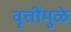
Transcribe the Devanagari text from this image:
वृत्तींमुळे